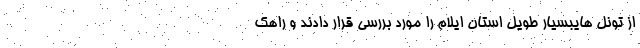
از تونل هایبسیار طویل استان ایلام را مورد بررسی قرار دادند و راهک